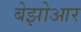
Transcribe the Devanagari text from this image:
बेझोआर